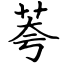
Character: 荂